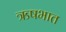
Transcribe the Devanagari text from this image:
ऋषभात